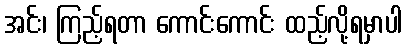
အင်း၊ ကြည့်ရတာ ကောင်းကောင်း ထည့်လို့ရမှာပါ